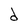
Character: d